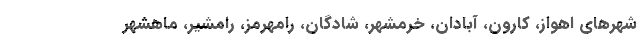
شهرهای اهواز، کارون، آبادان، خرمشهر، شادگان، رامهرمز، رامشیر، ماهشهر